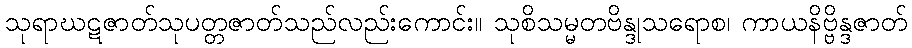
သုရာဃဋဇာတ်သုပတ္တဇာတ်သည်လည်းကောင်း။ သုစိသမ္မတဗိန္ဒုသရောစ၊ ကာယနိဗ္ဗိန္ဒဇာတ်